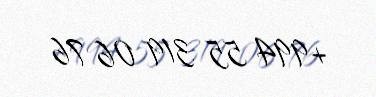
+994 55 319 06 76